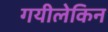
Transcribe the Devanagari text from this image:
गयीलेकिन